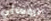
الروماني